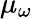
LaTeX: \mu_{\omega}